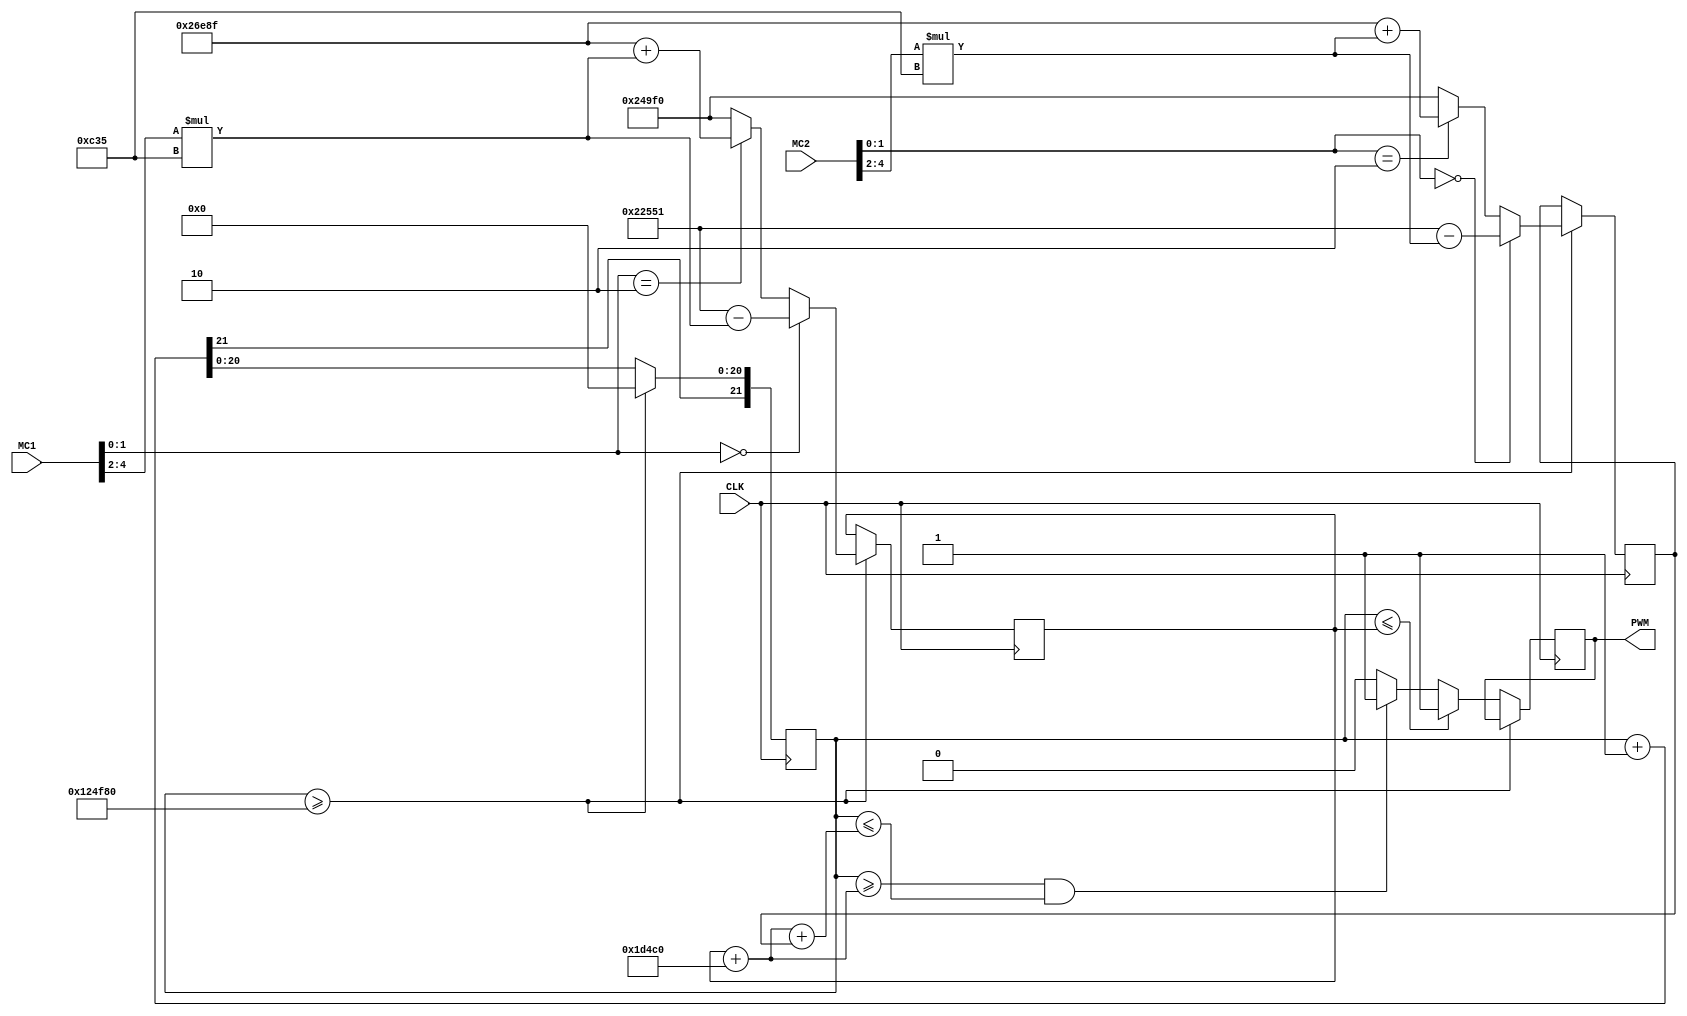
`timescale 1ns / 1ps
//`include "direction.v"
//////////////////////////////////////////////////////////////////////////////////
// Company: 
// Engineer: 
// 
// Design Name: 
// Module Name:    pulseout 
// Project Name: 
// Target Devices: 
// Tool versions: 
// Description: 
//
// Dependencies: 
//
// Revision: 
// Revision 0.01 - File Created
// Additional Comments: 
//
//////////////////////////////////////////////////////////////////////////////////
module pulseout(
		input CLK,
		input [4:0] MC1, //Left Motor
		input [4:0] MC2, //Right Motor 
		output reg PWM
    );

	//Variable decleration
	reg [21:0] count,refresh;
	reg [18:0] pulse1,pulse2;
	wire [20:0] comp1,comp2;
	wire [18:0] NEUTRAL_CYCLES, DIVIDENT;
	
	initial begin
		count = 0;
		PWM = 0;
		refresh = 1200000; //refresh = CLK_RATE/91 //Refresh of signal in Mode 2, 12 ms
	end
	
	parameter [1:0] FORWARD = 2'b 00;
	parameter [1:0] NEUTRAL = 2'b 01;
	parameter [1:0] REVERSE = 2'b 10;
	
	assign NEUTRAL_CYCLES = 150000; //CLK_RATE/667, Neutral, 1.5 ms = 150000 cycles at 100 MHz
	assign DIVIDENT = (50000/16); //0.5 ms divided into 16 different power settings = 3125 cycles at 100 MHz

	assign comp1 = pulse1 + 120000; //(CLK_RATE/909); //Holdoff for pulse 2, pulse 1 + 1.2 ms
	assign comp2 = comp1 + pulse2; //End of pulse 2
					
	always @(posedge CLK) begin
		count <= count + 1;
		
		if(count >= refresh)begin //12 ms Refresh Rate
			count[20:0] <= 0;
			
			//Power Modulation of Motor 1 Signal
			if(MC1[1:0] == FORWARD) begin
				pulse1 <= NEUTRAL_CYCLES - DIVIDENT*3 - (MC1[4:2]*DIVIDENT);
			end else if(MC1[1:0] == REVERSE) begin
				pulse1 <= NEUTRAL_CYCLES + DIVIDENT*3 + (MC1[4:2]*DIVIDENT);
			end else begin
				pulse1 <= NEUTRAL_CYCLES;
			end
			
			//Power Modulation of Motor 1 Signal
			if(MC2[1:0] == FORWARD) begin
				pulse2 <= NEUTRAL_CYCLES - DIVIDENT*3 - (MC2[4:2]*DIVIDENT);
			end else if(MC2[1:0] == REVERSE) begin
				pulse2 <= NEUTRAL_CYCLES + DIVIDENT*3 + (MC2[4:2]*DIVIDENT);
			end else begin
				pulse2 <= NEUTRAL_CYCLES;
			end

		end else if(count <= pulse1) //Signal to Motor #1
			PWM <= 1;
		else if((count>=comp1)&(count<=comp2)) //Signal to Motor #2
			PWM <= 1;
		else
			PWM <= 0;
	end

endmodule